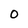
Character: O